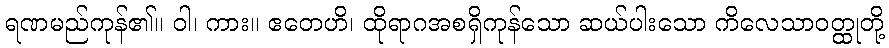
ရဏမည်ကုန်၏။ ဝါ၊ ကား။ ဧတေဟိ၊ ထိုရာဂအစရှိကုန်သော ဆယ်ပါးသော ကိလေသာဝတ္ထုတို့